Lunatic asylums in Bengal annual reports 1912-1924 - 1912-1924
Year: 1912
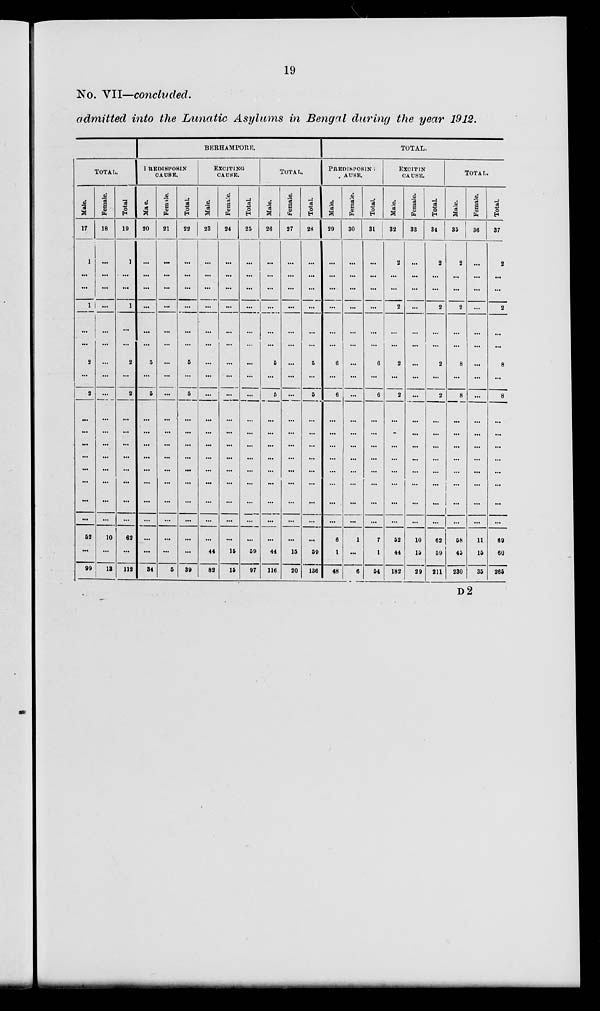
19
No. VII—concluded.
admitted into the Lunatic Asylums in Bengal during the year 1912.
TOTAL.
Male.
17
1
...
...
1
...
...
2
...
2
...
...
...
...
...
...
...
...
52
...
99
Female.
18
...
...
...
...
...
...
...
...
...
...
...
...
...
...
...
...
...
10
...
13
Total
19
1
...
...
1
...
...
2
...
2
...
...
...
...
...
...
...
...
62
...
112
BERHAMPORE
PREDISPOSIN
CAUSE.
Male.
20
...
...
...
...
...
...
5
...
5
...
...
...
...
...
...
...
...
...
...
34
Female.
21
...
...
...
...
...
...
...
...
...
...
...
...
...
...
...
...
...
...
...
5
Total.
22
...
...
...
...
...
...
5
...
5
...
...
...
...
...
...
...
...
...
...
39
EXCITING
CAUSE.
Male.
23
...
...
...
...
...
...
...
...
...
...
...
...
...
...
...
...
...
...
44
82
Female.
24
...
...
...
...
...
...
...
...
...
...
...
...
...
...
...
...
...
...
15
15
Total.
25
...
...
...
...
...
...
...
...
...
...
...
...
...
...
...
...
...
...
59
97
TOTAL.
Male.
26
...
...
...
...
...
...
5
...
5
...
...
...
...
...
...
...
...
...
44
116
Female.
27
...
...
...
...
...
...
...
...
...
...
...
...
...
...
...
...
...
...
15
20
Total.
28
...
...
...
...
...
...
5
...
5
...
...
...
...
...
...
...
...
...
59
136
TOTAL.
PREDISPOSIN
CAUSE.
Male.
29
...
...
...
...
...
...
6
...
6
...
...
...
...
...
...
...
...
6
1
48
Female.
30
...
...
...
...
...
...
...
...
...
...
...
...
...
...
...
...
...
1
...
6
Total.
31
...
...
...
...
...
...
6
...
6
...
...
...
...
...
...
...
...
7
1
54
EXCITIN
CAUSE.
Male.
32
2
...
...
2
...
...
2
...
2
...
...
...
...
...
...
...
...
52
44
182
Female.
33
...
...
...
...
...
...
...
...
...
...
...
...
...
...
...
...
...
10
15
29
Total.
34
2
...
...
2
...
...
2
...
2
...
...
...
...
...
...
...
...
62
59
211
TOTAL.
Male.
35
2
...
...
2
...
...
8
...
8
...
...
...
...
...
...
...
...
58
45
230
Female.
36
...
...
...
...
...
...
...
...
...
...
...
...
...
...
...
...
...
11
15
35
Total.
37
2
...
...
2
...
...
8
...
8
...
...
...
...
...
...
...
...
69
60
265
D 2